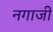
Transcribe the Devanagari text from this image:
नगाजी